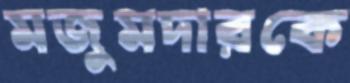
মজুমদারকে